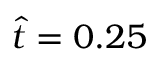
\hat { t } = 0 . 2 5